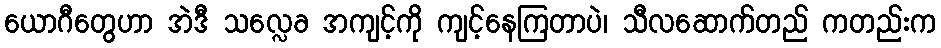
ယောဂီတွေဟာ အဲဒီ သလ္လေခ အကျင့်ကို ကျင့်နေကြတာပဲ၊ သီလဆောက်တည် ကတည်းက